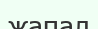
жапал